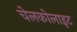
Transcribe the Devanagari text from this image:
चेलकोलाइट